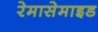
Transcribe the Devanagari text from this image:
रेमासेमाइड